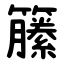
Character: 籘